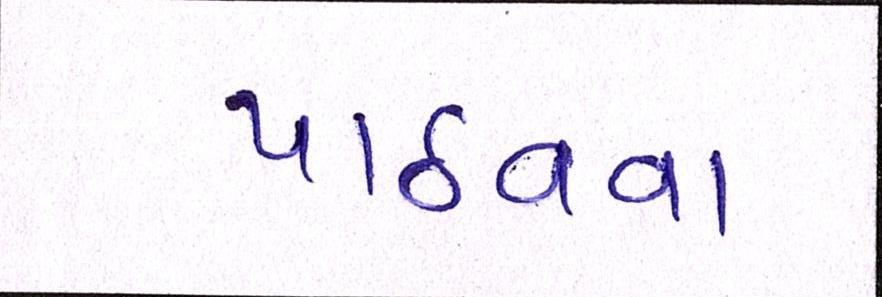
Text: પાઠવવા